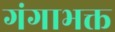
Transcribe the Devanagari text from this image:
गंगाभक्त